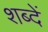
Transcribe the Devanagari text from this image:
शब्दें